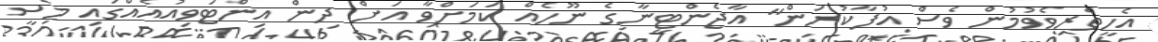
އެހީތެރިވެވުމުން ވެސް އުފާކުރަން" އާޖެންޓީނާގެ ނޫހެއް ކަމަށްވާ އަށް ދިން އިންޓަވިއުއެއްގައި މެސީ